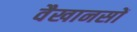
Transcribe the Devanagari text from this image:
वैखानसों